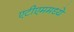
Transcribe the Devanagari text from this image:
एटीएममध्ये